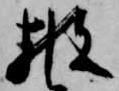
披